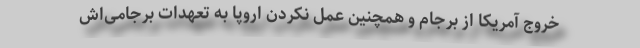
خروج آمریکا از برجام و همچنین عمل نکردن اروپا به تعهدات برجامی‌اش